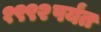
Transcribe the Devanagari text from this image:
१९९२पर्यंत